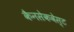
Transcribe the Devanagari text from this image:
कैनसेकवेस्ट